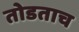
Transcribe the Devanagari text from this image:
तोडताच